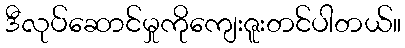
ဒီလုပ်ဆောင်မှုကိုကျေးဇူးတင်ပါတယ်။